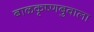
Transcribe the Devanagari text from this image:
बाळकृष्णबुवाला